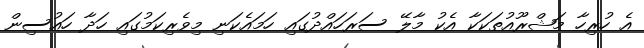
އެ ހުރިހާ މަޝްރޫއުތަކަކާ އެކު މާލޭ ސަރަހައްދުގައި ހަމައެކަނި މިވެރިކަމުގައި ހަދާ ހައުސިން